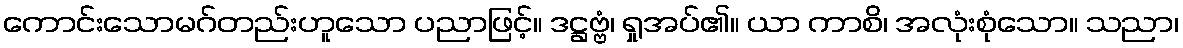
ကောင်းသောမဂ်တည်းဟူသော ပညာဖြင့်။ ဒဋ္ဌဗ္ဗံ၊ ရှုအပ်၏။ ယာ ကာစိ၊ အလုံးစုံသော။ သညာ၊